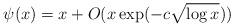
LaTeX: \begin{align*}\psi(x)=x +O(x\exp(-c\sqrt{\log x}))\end{align*}